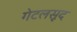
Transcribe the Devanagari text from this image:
गेटलसूद